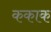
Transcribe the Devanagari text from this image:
ककाक